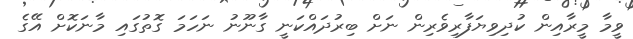
ވީމާ މީރާއިން ކުދިވިޔަފާރިވެރިން ނަށް ބިރުދައްކަނީ ގާނޫނު ނަހަމަ ގޮތުގައި މާނަކޮށް އޭގެ